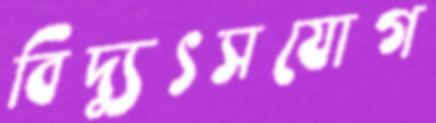
বিদ্যুৎসযোগ